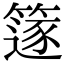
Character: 篴